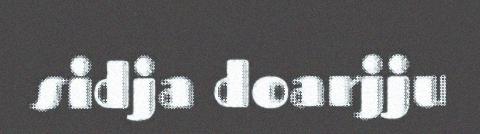
sidja doarjju